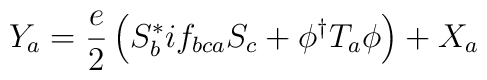
Y_{a}=\frac{e}{2}\left( S^{*}_{b}if_{bca}S_{c}+\phi ^{\dagger }T_{a}\phi \right) +X_{a}